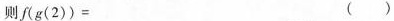
则f(g(2))= ()